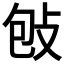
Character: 𢼌